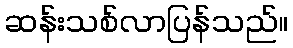
ဆန်းသစ်လာပြန်သည်။